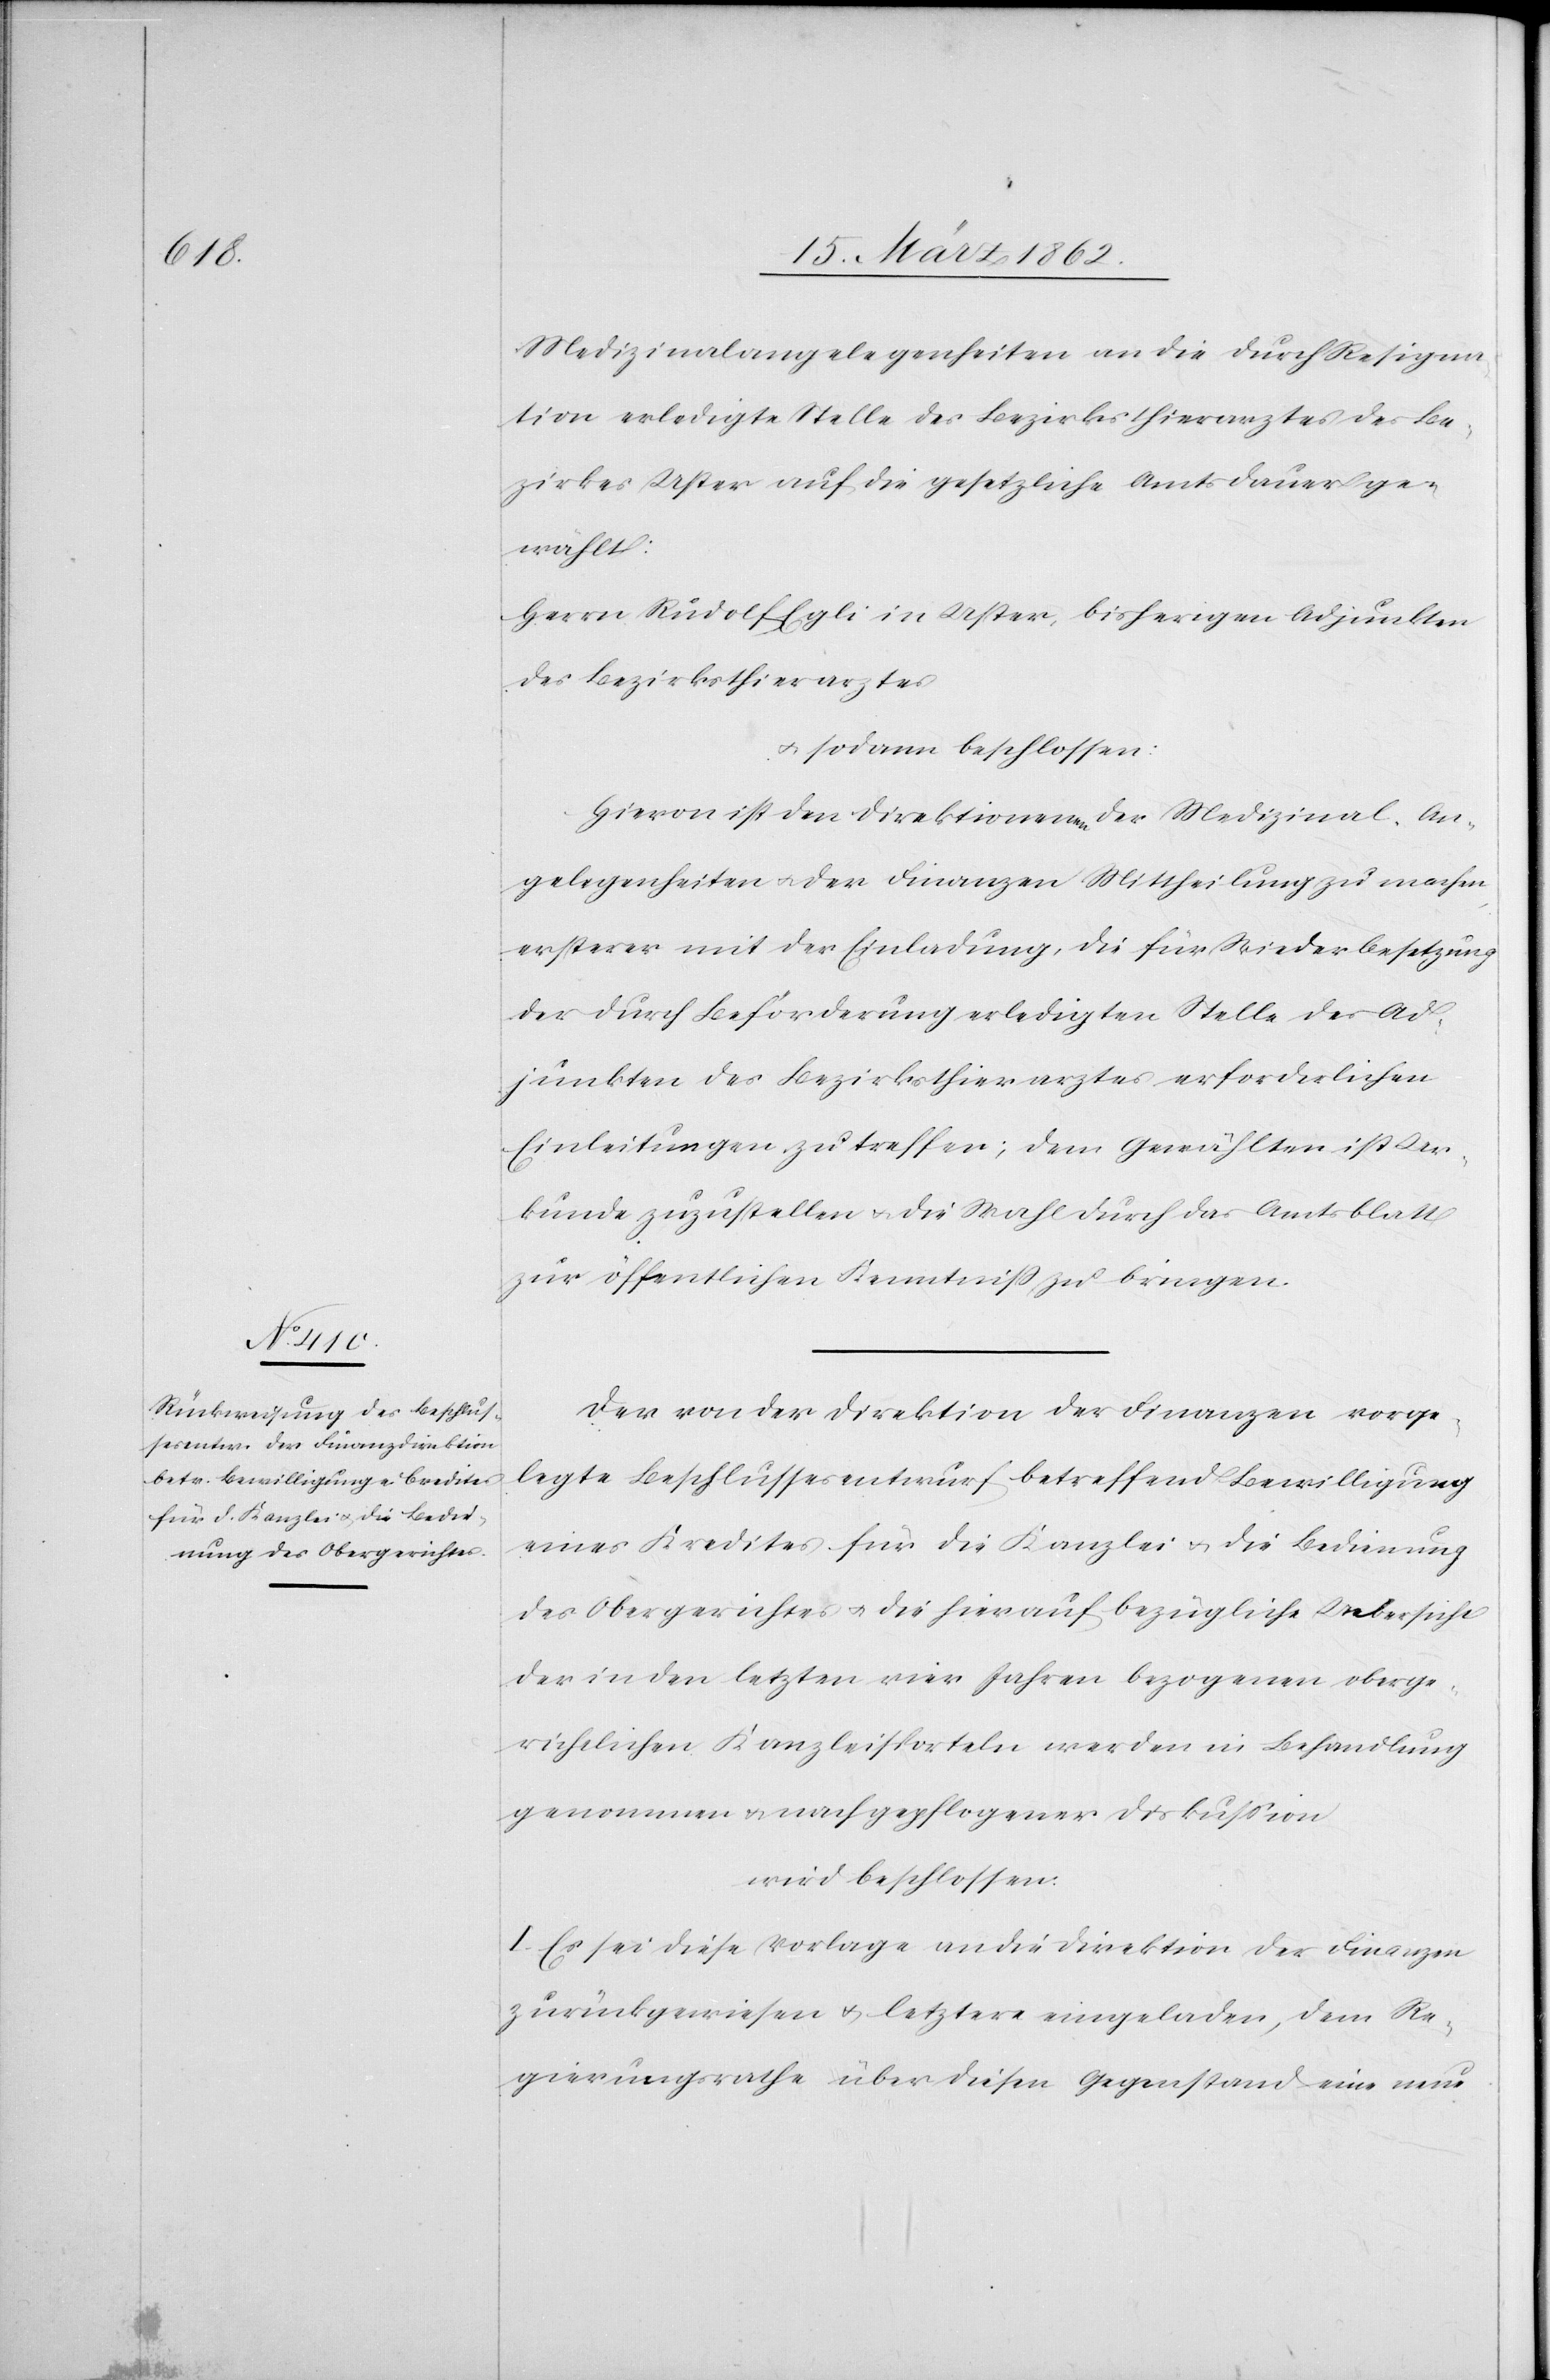
Medizinalangelegenheiten an die durch Resigna¬
tion erledigte Stelle des Bezirksthierarztes des Be¬
zirkes Uster auf die gesetzliche Amtsdauer ge¬
wählt:
Herrn Rudolf Egli in Uster, bisherigen Adjunkten
des Bezirksthierarztes
u. sodann beschlossen:
Hievon ist den Direktionen der Medizinal-An¬
gelegenheiten u. der Finanzen Mittheilung zu machen,
ersterer mit der Einladung, die für Wiederbesetzung
der durch Beförderung erledigten Stelle des Ad¬
junkten des Bezirksthierarztes erforderlichen
Einleitungen zu treffen; dem Gewählten ist Ur¬
kunde zuzustellen u. die Wahl durch das Amtsblatt
zur öffentlichen Kenntniß zu bringen.
Der von der Direktion der Finanzen vorge¬
legte Beschlussesentwurf betreffend Bewilligung
eine Kredites für die Kanzlei u. die Bedienung
des Obergerichtes u. die hierauf bezügliche Uebersicht
der in den letzten vier Jahren bezogenen oberge¬
richtlichen Kanzleisporteln werden in Behandlung
genommen u. nach gepflogener Diskußion
wird beschlossen:
I. Es sei diese Vorlage an die Direktion der Finanzen
zurückgewiesen u. letztere eingeladen, dem Re¬
gierungsrathe über diesen Gegenstand eine neue